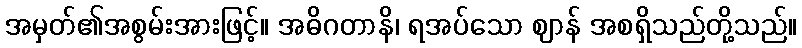
အမှတ်၏အစွမ်းအားဖြင့်။ အဓိဂတာနိ၊ ရအပ်သော ဈာန် အစရှိသည်တို့သည်။